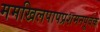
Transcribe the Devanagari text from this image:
ममखिलपापप्रशमनपूर्वक